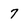
Character: 7